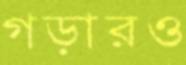
গড়ারও